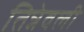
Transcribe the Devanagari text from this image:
तिन्नेवली